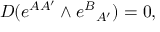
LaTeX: D ( e ^ { A A ^ { \prime } } \wedge e ^ { B } { } _ { A ^ { \prime } } ) = 0 ,